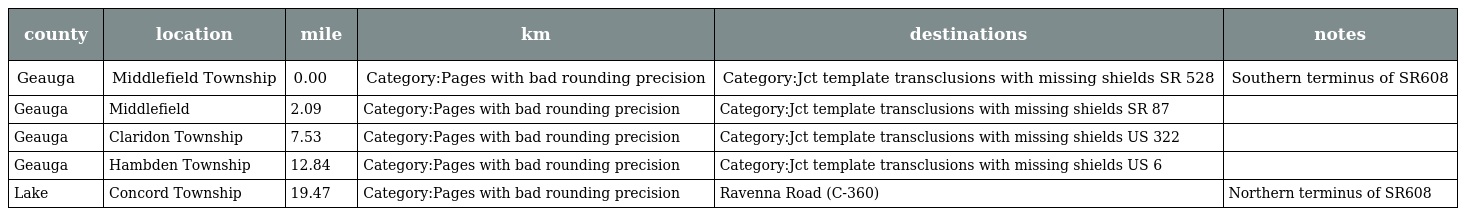
| county | location | mile | km | destinations | notes |
 | --- | --- | --- | --- | --- | --- |
 | Geauga | Middlefield Township | 0.00 | Category:Pages with bad rounding precision | Category:Jct template transclusions with missing shields SR 528 | Southern terminus of SR608 |
 | Geauga | Middlefield | 2.09 | Category:Pages with bad rounding precision | Category:Jct template transclusions with missing shields SR 87 |  |
 | Geauga | Claridon Township | 7.53 | Category:Pages with bad rounding precision | Category:Jct template transclusions with missing shields US 322 |  |
 | Geauga | Hambden Township | 12.84 | Category:Pages with bad rounding precision | Category:Jct template transclusions with missing shields US 6 |  |
 | Lake | Concord Township | 19.47 | Category:Pages with bad rounding precision | Ravenna Road (C-360) | Northern terminus of SR608 |